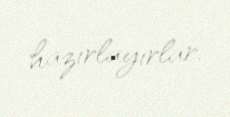
hazırlayırlar.